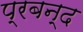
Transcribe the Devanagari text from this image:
प्रबन्द